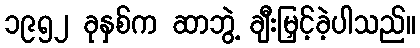
၁၉၅၂ ခုနှစ်က ဆာဘွဲ့ ချီးမြှင့်ခဲ့ပါသည်။